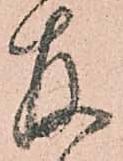
存